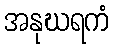
အနုဃရကံ